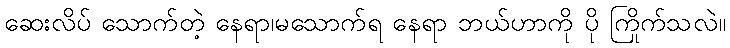
ဆေးလိပ် သောက်တဲ့ နေရာ၊မသောက်ရ နေရာ ဘယ်ဟာကို ပို ကြိုက်သလဲ။